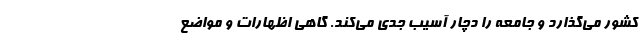
کشور می‌گذارد و جامعه را دچار آسیب جدی می‌کند. گاهی اظهارات و مواضع